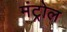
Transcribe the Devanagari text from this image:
मंट्रोल